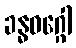
ခန္ဓဝဂ္ဂေါ